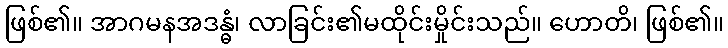
ဖြစ်၏။ အာဂမနအဒန္ဓံ၊ လာခြင်း၏မထိုင်းမှိုင်းသည်။ ဟောတိ၊ ဖြစ်၏။